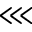
\lll